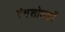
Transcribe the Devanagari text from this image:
रंगशोधकों